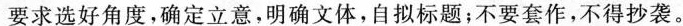
要求选好角度，确定立意，明确文体，自拟标题；不要套作，不得抄袭。